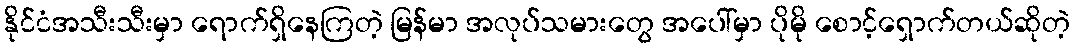
နိုင်ငံအသီးသီးမှာ ရောက်ရှိနေကြတဲ့ မြန်မာ အလုပ်သမားတွေ အပေါ်မှာ ပိုမို စောင့်ရှောက်တယ်ဆိုတဲ့